Assam Mental Hospital (Tezpur, India) - 1933-1948
Year: 1933
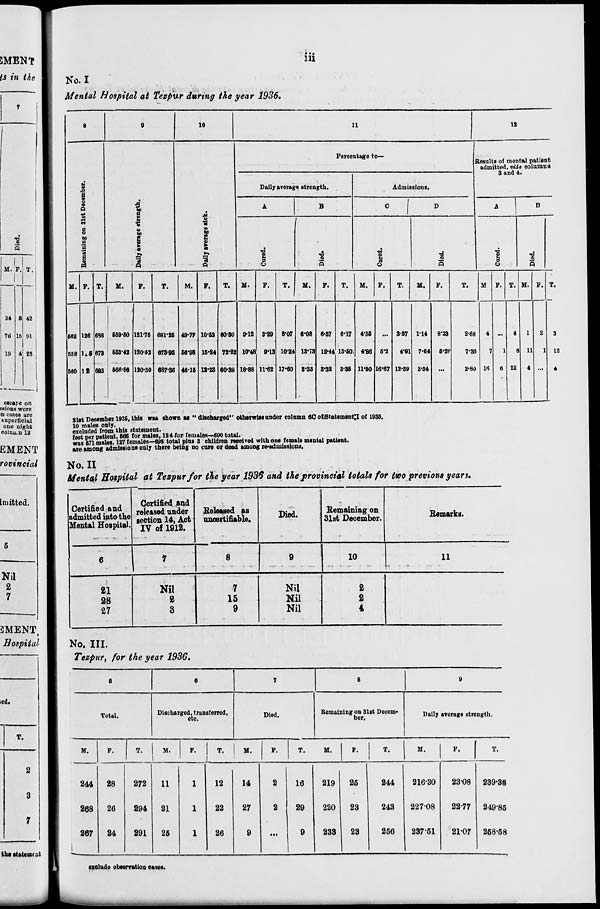
iii
No. I
Mental Hospital at Tezpur during the year 1936.
8
Remaining on 31st December.
M.
562
558
560
F.
126
115
12
T.
688
673
685
9
Daily average strength.
M.
559.50
553.42
566.86
F.
121.75
120.52
120.50
T.
681.25
673.93
687.36
10
Daily average sick.
M.
49.77
56.98
48.15
F.
10.53
15.24
12.23
T.
60.30
72.22
60.88
11
Percentage to—
Daily average strength.
A
Cured.
M.
9.12
10.48
18.88
F.
3.29
9.13
11.62
T.
8.07
10.24
17.60
B
Died.
M.
6.08
13.73
3.35
F.
6.57
12.44
3.32
T.
6.17
13.50
3.35
Admissions.
C
Cured.
M.
4.55
4.86
11.50
F.
...
5.2
16.67
T.
3.57
4.91
12.59
D
Died.
M.
1.14
7.64
3.54
F.
8.38
5.26
...
T.
2.68
7.36
2.80
12
Results of mental patient
admitted, vide columns
3 and 4.
A
Cured.
M
4
7
16
F.
...
1
6
T.
4
8
22
B
Died.
M.
1
11
4
F.
2
1
...
T.
3
12
4
31st December 1935, this was shown as "discharged" otherwise under column 60 of Statement I of 1936.
10 males only.
excluded from this statement.
feet per patient, 506 for males, 124 for females—690 total.
was 571 males, 127 females—698 total plus 3 children received with one female mental patient.
are among admissions only there being no cure or dead among re-admissions.
No. II
Mental Hospital at Tezpur for the year 1936 and the provincial totals for two previous years.
Certified and
admitted into the
Mental Hospital.
6
21
28
27
Certified and
released under
section 14, Act
IV of 1912.
7
Nil
2
3
Released as
uncertifiable.
8
7
15
9
Died.
9
Nil
Nil
Nil
Remaining on
31st December.
10
2
2
4
Remarks.
11
No. III.
Tezpur, for the year 1936.
5
Total.
M.
244
268
267
F.
28
26
24
T.
272
294
291
6
Discharged, transferred,
etc.
M.
11
21
25
F.
1
1
1
T.
12
22
26
7
Died.
M.
14
27
9
F.
2
2
...
T.
16
29
9
8
Remaining on 31st Decem-
ber.
M.
219
220
233
F.
25
23
23
T.
244
243
256
9
Daily average strength.
M.
216.30
227.08
237.51
F.
23.08
22.77
21.07
T.
239.38
249.85
258.58
exclude observation cases.